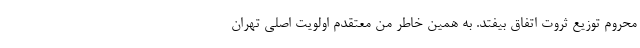
محروم توزیع ثروت اتفاق بیفتد. به همین خاطر من معتقدم اولویت اصلی تهران